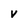
Character: v